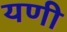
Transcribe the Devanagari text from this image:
यणी